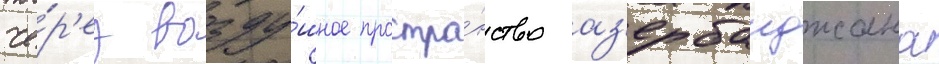
че́р'ез возду́шное простра́нство аз'ербаиджана